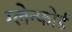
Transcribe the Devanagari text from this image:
ग्लेन्फोर्ड